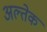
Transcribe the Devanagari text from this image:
अल्तेक